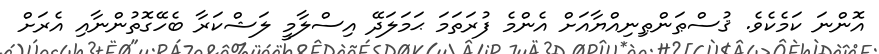
އޮންނަ ކަމެކެވެ. ޤުސްޠަންޠިނިއްޔާއަށް އެންމެ ފުރަތަމަ ޙަމަލަދޭ އިސްލާމީ ލަޝްކަރާ ބެހޭގޮތުންނާއި އެރަށް